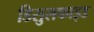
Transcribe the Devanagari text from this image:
डिसुलफाइड